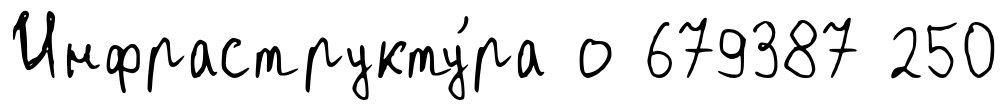
Инфраструкту́ра о 679387 250